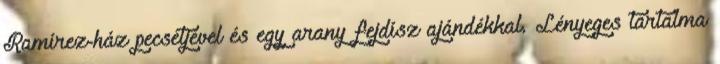
Ramírez-ház pecsétjével és egy arany fejdísz ajándékkal. Lényeges tartalma